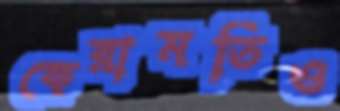
কেরামতিও